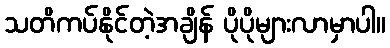
သတိကပ်နိုင်တဲ့အချိန် ပိုပိုများလာမှာပါ။